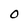
Character: O